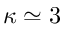
\kappa \simeq 3